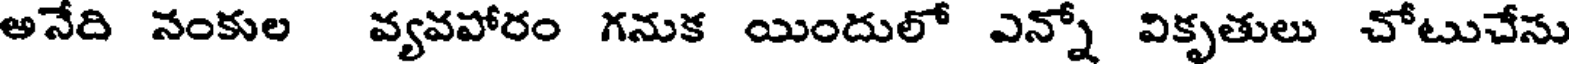
అనేది నంకుల వ్యవపోరం గనుక యిందులో ఎన్నో వికృతులు చోటుచేసు